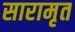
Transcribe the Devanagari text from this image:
सारामृत